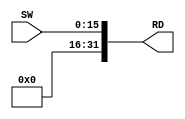
`timescale 1ns / 1ps
//////////////////////////////////////////////////////////////////////////////////
// Company: SUSTech
// Module Name: SWDriver
// Project Name: Processor
// Tool Versions: Vivado 2021.2
// Description: 
// 
//////////////////////////////////////////////////////////////////////////////////


module SWDriver(
    input [15:0] SW,
    output [31:0] RD
    );
    assign RD = {16'b0, SW};
endmodule